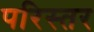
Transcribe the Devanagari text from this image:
परिस्तर